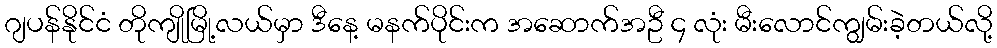
ဂျပန်နိုင်ငံ တိုကျိုမြို့လယ်မှာ ဒီနေ့ မနက်ပိုင်းက အဆောက်အဦ ၄ လုံး မီးလောင်ကျွမ်းခဲ့တယ်လို့